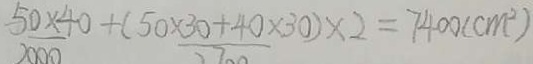
\frac { 5 0 \times 4 0 } { 2 0 0 0 } + \frac { ( 5 0 \times 3 0 + 4 0 \times 3 0 ) \times 2 } { 2 7 0 0 } = 7 4 0 0 ( c m ^ { 2 } )